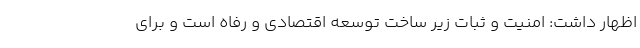
اظهار داشت: امنیت و ثبات زیر ساخت توسعه اقتصادی و رفاه است و برای